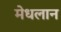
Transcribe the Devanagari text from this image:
मेधलान